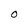
Character: 0